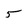
Character: 5